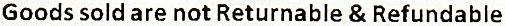
GOODS SOLD ARE NOT RETURNABLE & REFUNDABLE